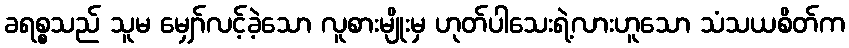
ခရစ္စသည် သူမ မျှော်လင့်ခဲ့သော လူစားမျိုးမှ ဟုတ်ပါသေးရဲ့လားဟူသော သံသယစိတ်က